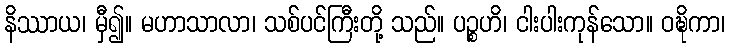
နိဿာယ၊ မှီ၍။ မဟာသာလာ၊ သစ်ပင်ကြီးတို့ သည်။ ပဉ္စဟိ၊ ငါးပါးကုန်သော။ ဝဍ္ဎိကာ၊